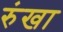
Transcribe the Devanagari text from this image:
रुंखा